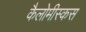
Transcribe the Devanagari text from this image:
कैलोमीस्कस